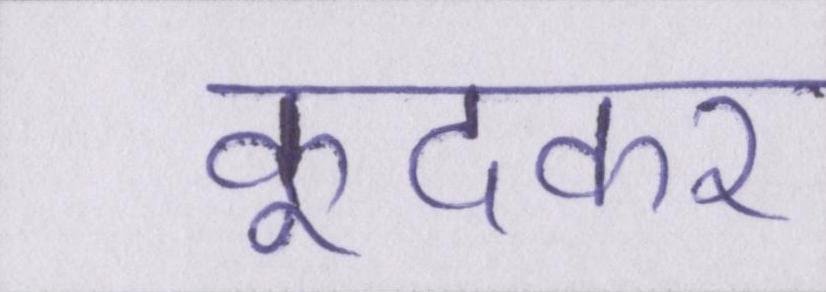
कूदकर